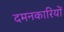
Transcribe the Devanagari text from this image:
दमनकारियों